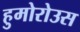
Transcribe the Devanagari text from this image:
हुमोरोउस